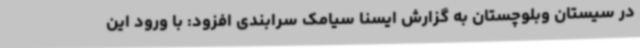
در سیستان وبلوچستان به گزارش ایسنا سیامک سرابندی افزود: با ورود این